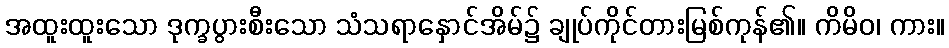
အထူးထူးသော ဒုက္ခပွားစီးသော သံသရာနှောင်အိမ်၌ ချုပ်ကိုင်တားမြစ်ကုန်၏။ ကိမိဝ၊ ကား။